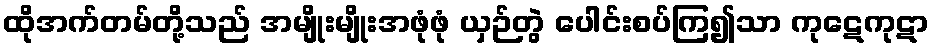
ထိုအက်တမ်တို့သည် အမျိုးမျိုးအဖုံဖုံ ယှဉ်တွဲ ပေါင်းစပ်ကြ၍သာ ကုဋေကုဋာ